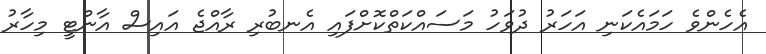
އެހެންވެ ހަމައެކަނި އަހަރު ދުވަހު މަސައްކަތްކޮށްފައި އެނބުރި ރާއްޖެ އައިސް އާންޓީ މިހާރު